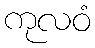
ကုလဝံ